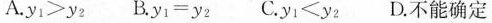
A._{y1} >_{y2} B._{y1}=_{y2}C._{y1}≤_{y2}D.不能确定